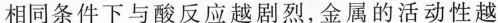
相同条件下与酸反应越剧烈，金属的活动性越